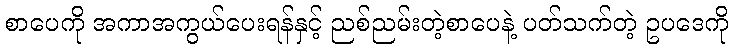
စာပေကို အကာအကွယ်ပေးရန်နှင့် ညစ်ညမ်းတဲ့စာပေနဲ့ ပတ်သက်တဲ့ ဥပဒေကို